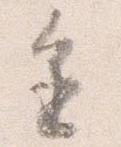
進